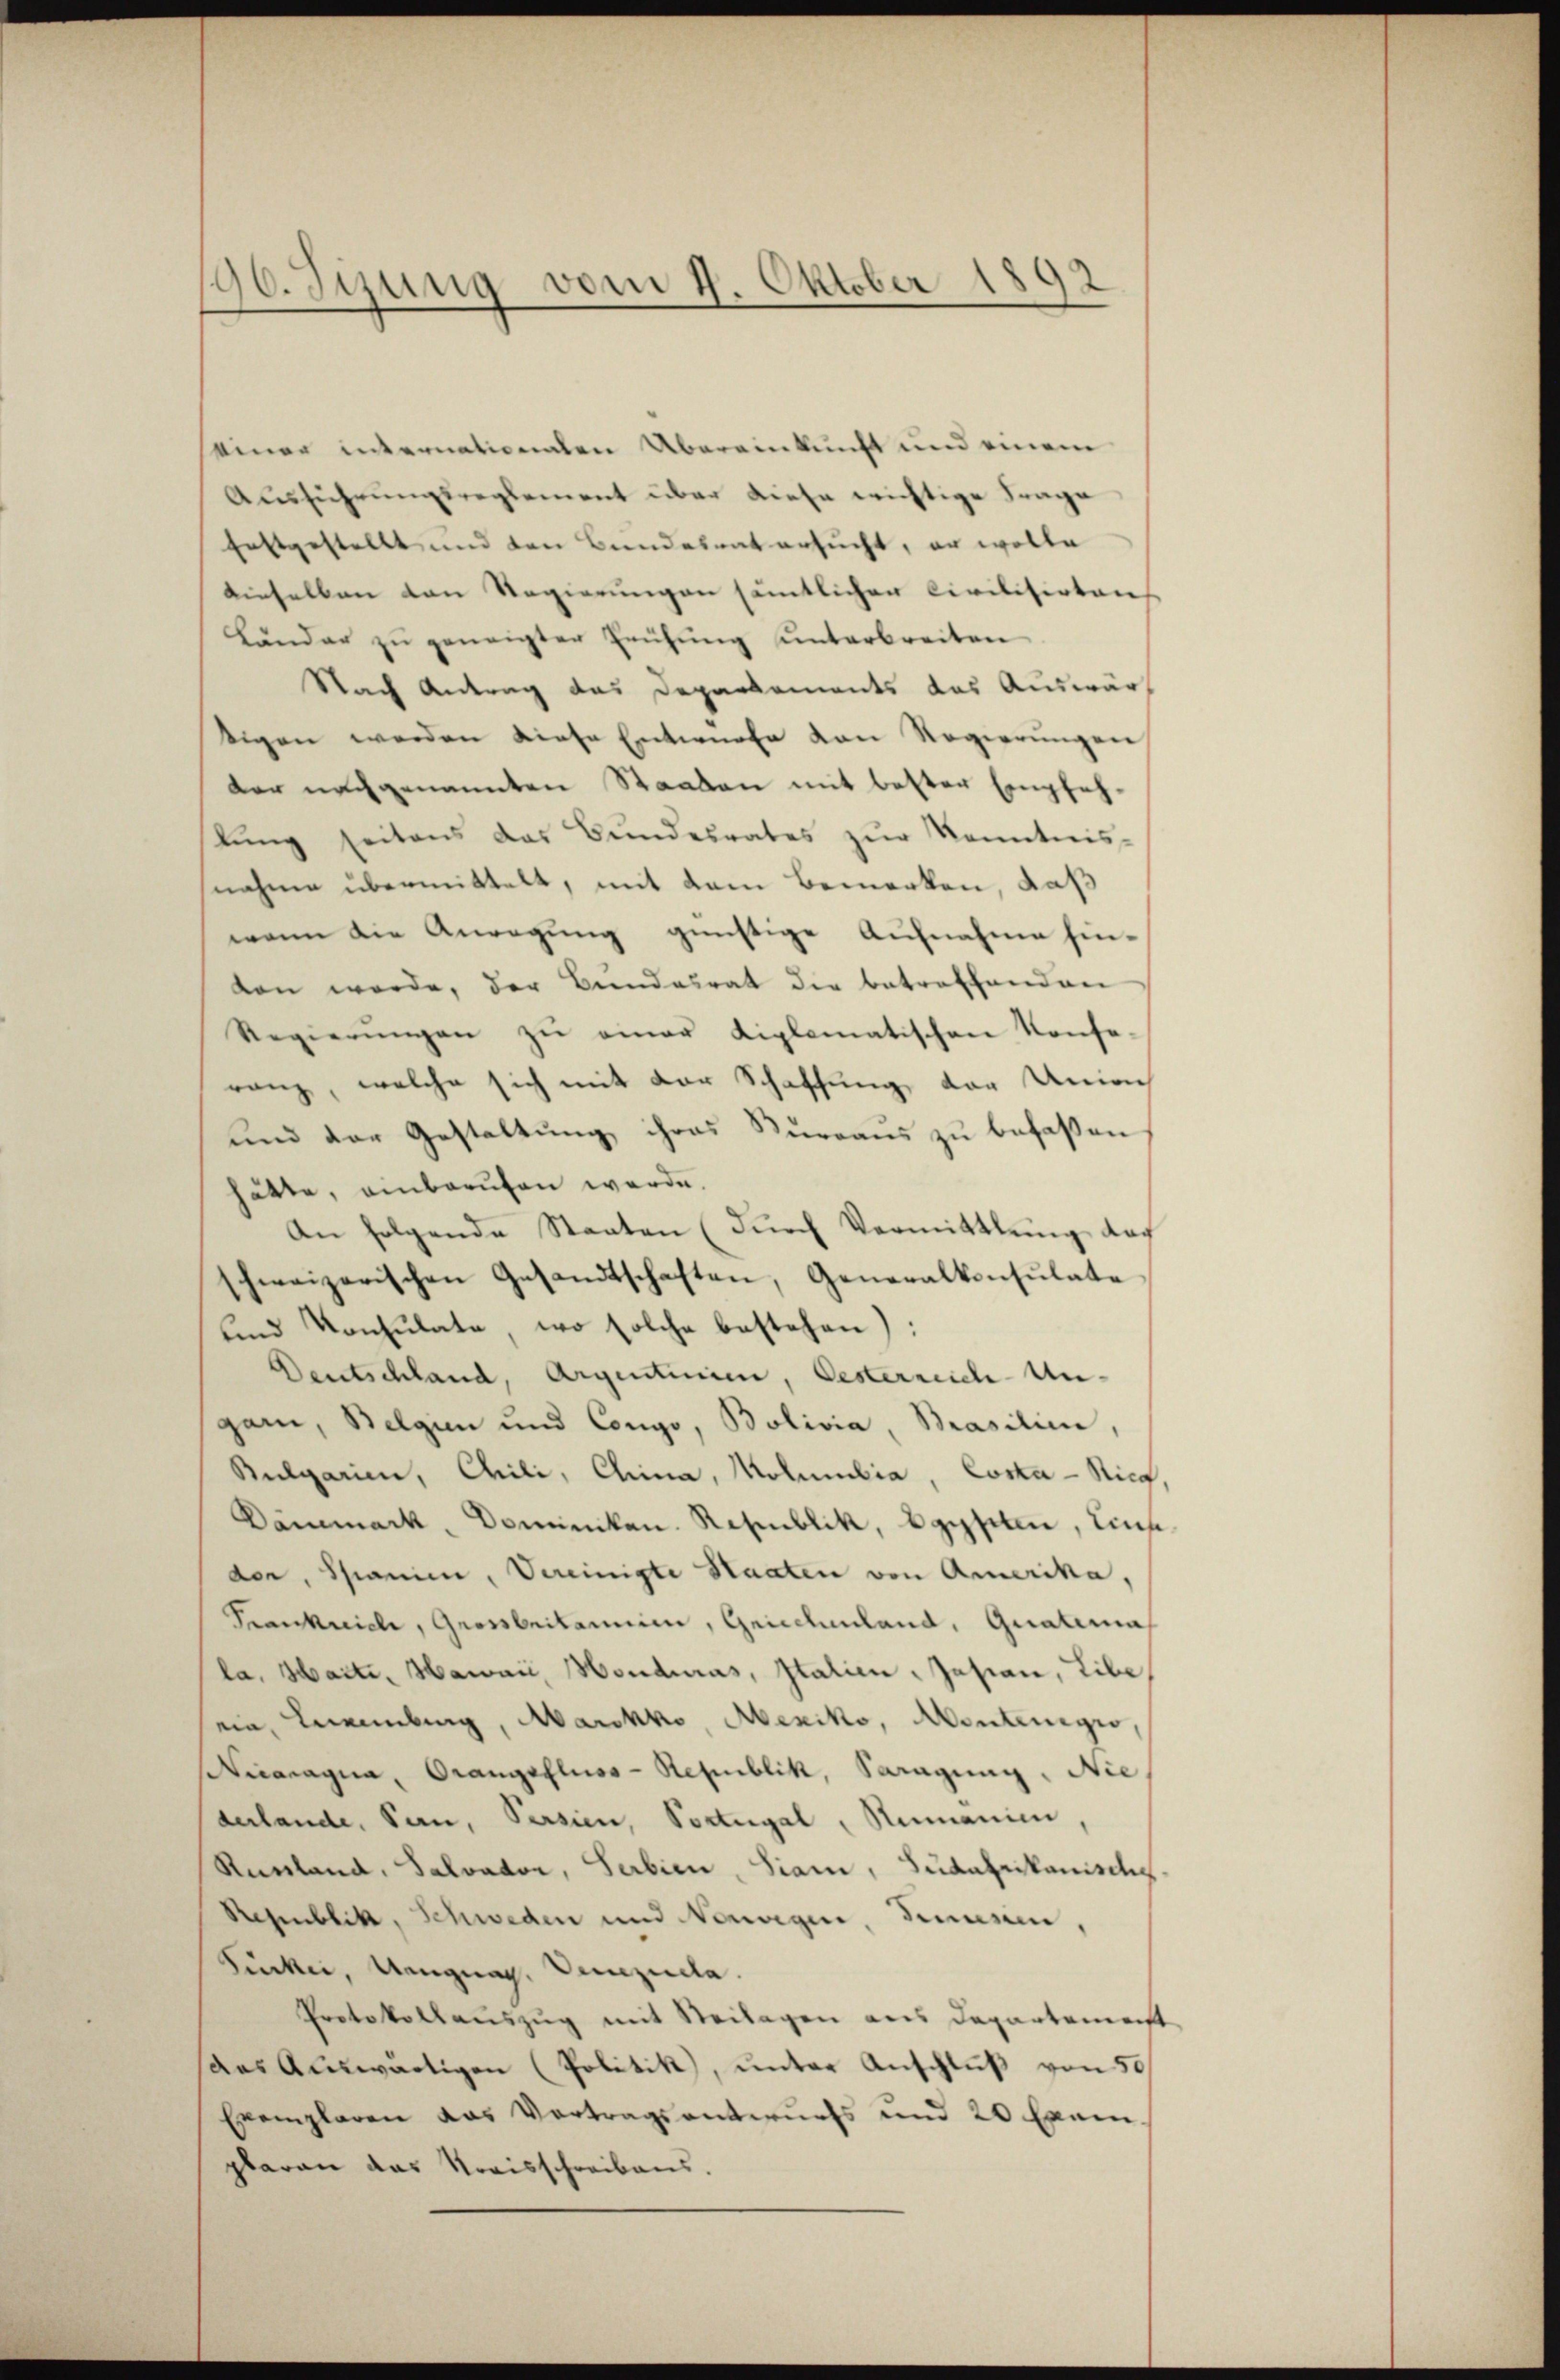
190. Syung vom 1. Oktober 1892

einer internationalen Übereinkunft und einem
Ausführungsreglement über diese wichtige Frage
festgestellt, und den Bundesrat ersucht, er wolle
dieselben von Regierungen sämtlichen Civilisirten
Länder zŭ geneigter Frühŭng unterbreiten
Nach Antrag das Departements das Auswärtigen werden diese Entwürfe von Regierŭngen
der nachgenannten Staaten mit bester Empfehlung seitens das Bundesrates zur Kenntnis-
nahme übermittelt, mit dem Bemerken, daß
wenn die Anregung günstige Aufnahme hin-
ten werde, der Bundesrat die betreffenden
Regierŭngen zŭ einer diplomatischen Konse-
ranz, welche sich mit der Schaffung der Unio
und der Gestaltung ihres Kurgaus zu befaßen
hätte, einberufen werde.
An folgende Staaten (durch Vermittlung das
schweizerischen Gesandtschaften, Generalkonsulate
und Konsulate, wo solche bestehen):
Deutschland, Argentinie, Oesterreich-Ungann, Belgen und Congo, Bolivia, Brasilien,
Bulgarien, Chili, China, Molumbia, Corta - Sich
Dammark, Dominikan. Republik, Egypten, Ein
don, Spanie, Vereinigte Staaten von Amerika,
Prankreich, Grossbritannie, Griechenland, Geralema
la, Marti, Hawaii, Honduras, Italien, Jasian, Libe
ein, Neuenburg, Marokko, Mexiko, Montenegio,
Nicaragua, Orangefluss - Republik, Saragung. Nie
derlande, Pan, Persien, Portugal, Rumanie
Runland, Salvator, Serbien, Siam, Südafrikanischs
Republik, Schweden und Neuvigine, Triesen,
Tücker, Ungnag, unzula
Protokollauszug mit Seilagen aus Departement
des Auswärtigen (Politik, unter Anschluß von 50
Exemplaren das Vertragsantwurfs und 20 Exem-
plaren das Kreisschreibens.